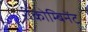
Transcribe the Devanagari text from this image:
रीकोम्बिनेंट